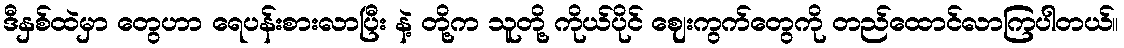
ဒီနှစ်ထဲမှာ တွေဟာ ရေပန်းစားလာပြီး နဲ့ တို့က သူတို့ ကိုယ်ပိုင် ဈေးကွက်တွေကို တည်ထောင်လာကြပါတယ်။